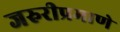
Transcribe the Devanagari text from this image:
जरुरीप्रमाणे